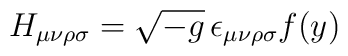
H_{\mu\nu\rho\sigma}=\sqrt{-g}\,\epsilon_{\mu\nu\rho\sigma}f(y)